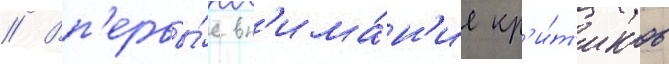
// Вп'ервы́е вн'има́н'ие кр'и́т'иков